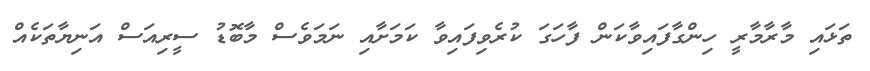
ތަޅައި މާރާމާރީ ހިންގާފައިވާކަން ފާހަގަ ކުރެވިފައިވާ ކަމަށާއި ނަމަވެސް މާބޮޑު ސީރިއަސް އަނިޔާތަކެއް